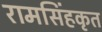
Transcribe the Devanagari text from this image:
रामसिंहकृत